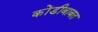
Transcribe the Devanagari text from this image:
कोंडीबाबत